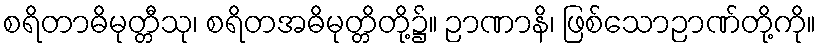
စရိတာဓိမုတ္တီသု၊ စရိတအဓိမုတ္တိတို့၌။ ဉာဏာနိ၊ ဖြစ်သောဉာဏ်တို့ကို။